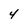
Character: 4